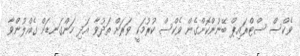
ވެކްސް ސްޓްރައިޕް ބޭނުންކޮށްގެން ވެކްސް ކުރުމަކީ ވަރަށް ތަދުވާ އަދި ހަންގަނޑަށް ގެއްލުންވާ